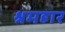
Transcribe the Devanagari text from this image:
श्रमहार